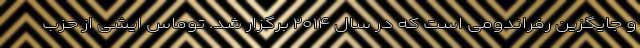
و جایگزین رفراندومی است که در سال ۲۰۱۴ برگزار شد. توماس ایشی از حزب